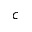
c